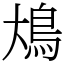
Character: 䲪